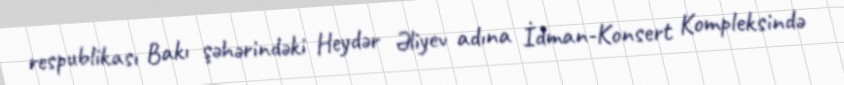
respublikası Bakı şəhərindəki Heydər Əliyev adına İdman-Konsert Kompleksində